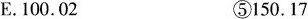
E.100.02 ⑤150.17